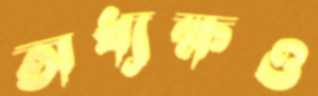
অধ্যক্ষও